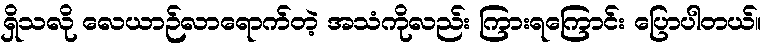
ရှိသလို လေယာဉ်လာရောက်တဲ့ အသံကိုလည်း ကြားရကြောင်း ပြောပါတယ်။